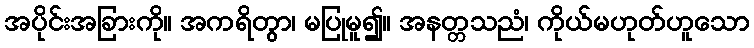
အပိုင်းအခြားကို။ အကရိတွာ၊ မပြုမူ၍။ အနတ္တသညံ၊ ကိုယ်မဟုတ်ဟူသော